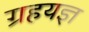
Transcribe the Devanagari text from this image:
ग्रहयज्ञ